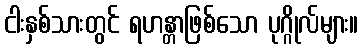
ငါးနှစ်သားတွင် ရဟန္တာဖြစ်သော ပုဂ္ဂိုလ်များ။